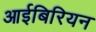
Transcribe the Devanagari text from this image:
आईबिरियन